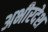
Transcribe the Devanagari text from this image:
अभीरदेश